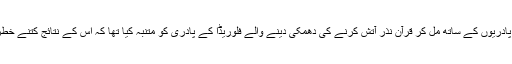
انھوں نے دوسرے پادریوں کے ساتھ مل کر قرآن نذر آتش کرنے کی دھمکی دینے والے فلوریڈا کے پادری کو متنبہ کیا تھا کہ اس کے نتائج کتنے خطرناک ہوسکتے ہیں۔